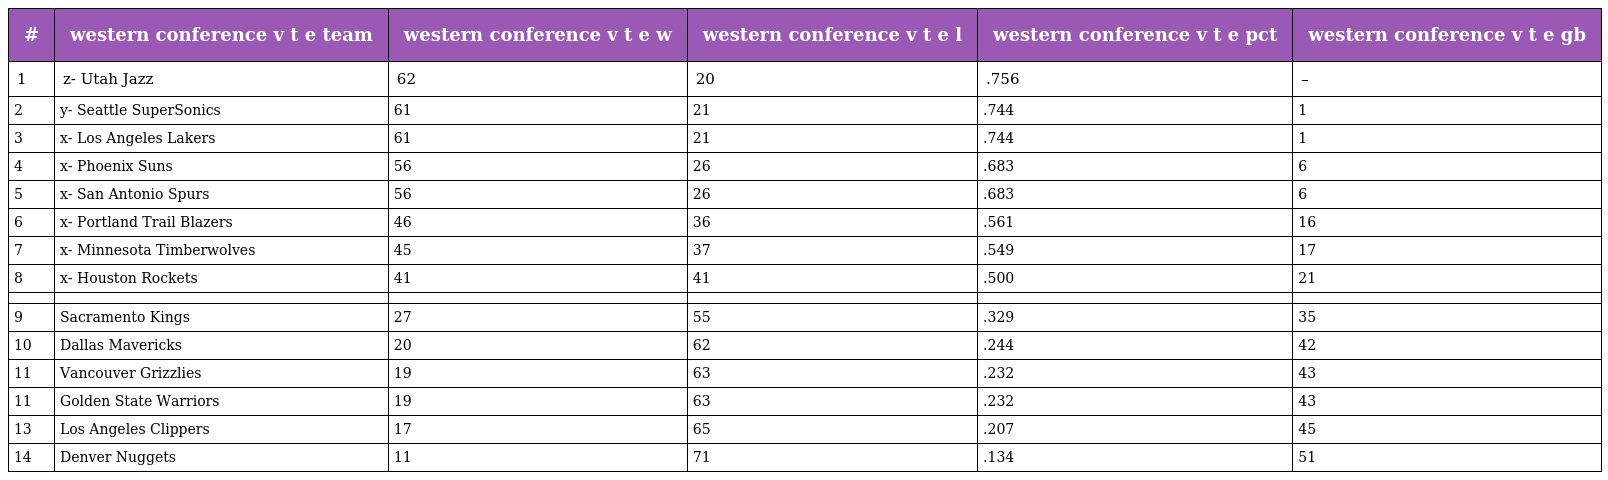
| # | western conference v t e team | western conference v t e w | western conference v t e l | western conference v t e pct | western conference v t e gb |
 | --- | --- | --- | --- | --- | --- |
 | 1 | z- Utah Jazz | 62 | 20 | .756 | – |
 | 2 | y- Seattle SuperSonics | 61 | 21 | .744 | 1 |
 | 3 | x- Los Angeles Lakers | 61 | 21 | .744 | 1 |
 | 4 | x- Phoenix Suns | 56 | 26 | .683 | 6 |
 | 5 | x- San Antonio Spurs | 56 | 26 | .683 | 6 |
 | 6 | x- Portland Trail Blazers | 46 | 36 | .561 | 16 |
 | 7 | x- Minnesota Timberwolves | 45 | 37 | .549 | 17 |
 | 8 | x- Houston Rockets | 41 | 41 | .500 | 21 |
 |  |  |  |  |  |  |
 | 9 | Sacramento Kings | 27 | 55 | .329 | 35 |
 | 10 | Dallas Mavericks | 20 | 62 | .244 | 42 |
 | 11 | Vancouver Grizzlies | 19 | 63 | .232 | 43 |
 | 11 | Golden State Warriors | 19 | 63 | .232 | 43 |
 | 13 | Los Angeles Clippers | 17 | 65 | .207 | 45 |
 | 14 | Denver Nuggets | 11 | 71 | .134 | 51 |